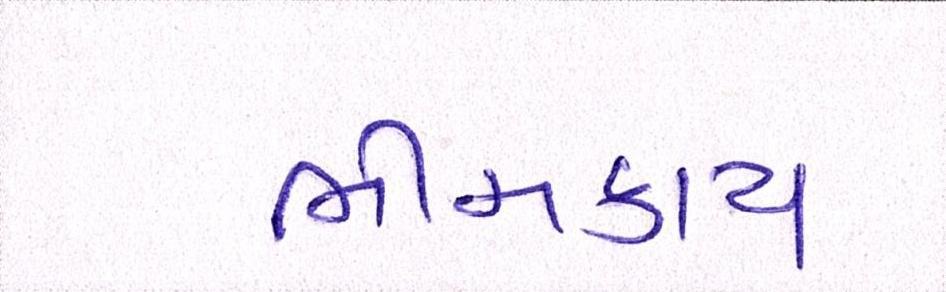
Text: ભીમકાય